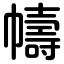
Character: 幬